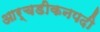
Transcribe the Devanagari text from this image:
आर्चडीकनपदी